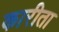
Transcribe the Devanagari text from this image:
कारीता